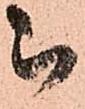
被